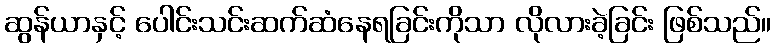
ဆွန်ယာနှင့် ပေါင်းသင်းဆက်ဆံနေရခြင်းကိုသာ လိုလားခဲ့ခြင်း ဖြစ်သည်။